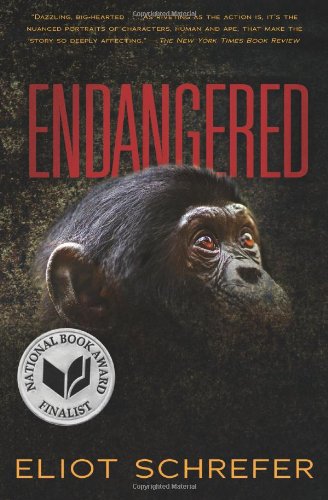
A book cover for Endangered; Eliot Schrefer; Children's Books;